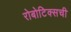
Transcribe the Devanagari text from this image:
रोबोटिक्सची